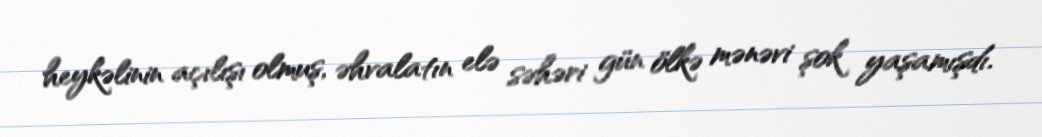
heykəlinin açılışı olmuş, əhvalatın elə səhəri gün ölkə mənəvi şok yaşamışdı.